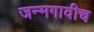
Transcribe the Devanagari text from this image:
जन्मगावीच